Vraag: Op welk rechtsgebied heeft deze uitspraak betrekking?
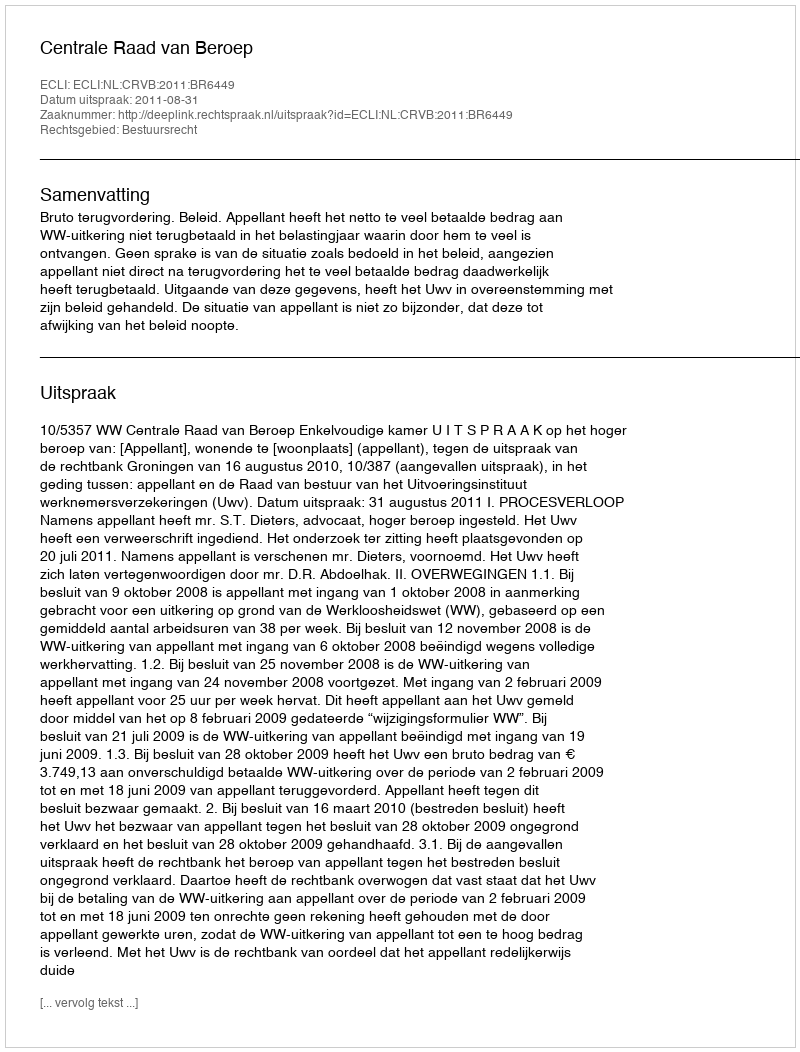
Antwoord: Bestuursrecht